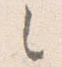
之